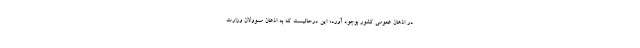
در اذهان عمومی کشور بوجود آورد؛ این درحالیست که به اذعان مسوولان وزارت